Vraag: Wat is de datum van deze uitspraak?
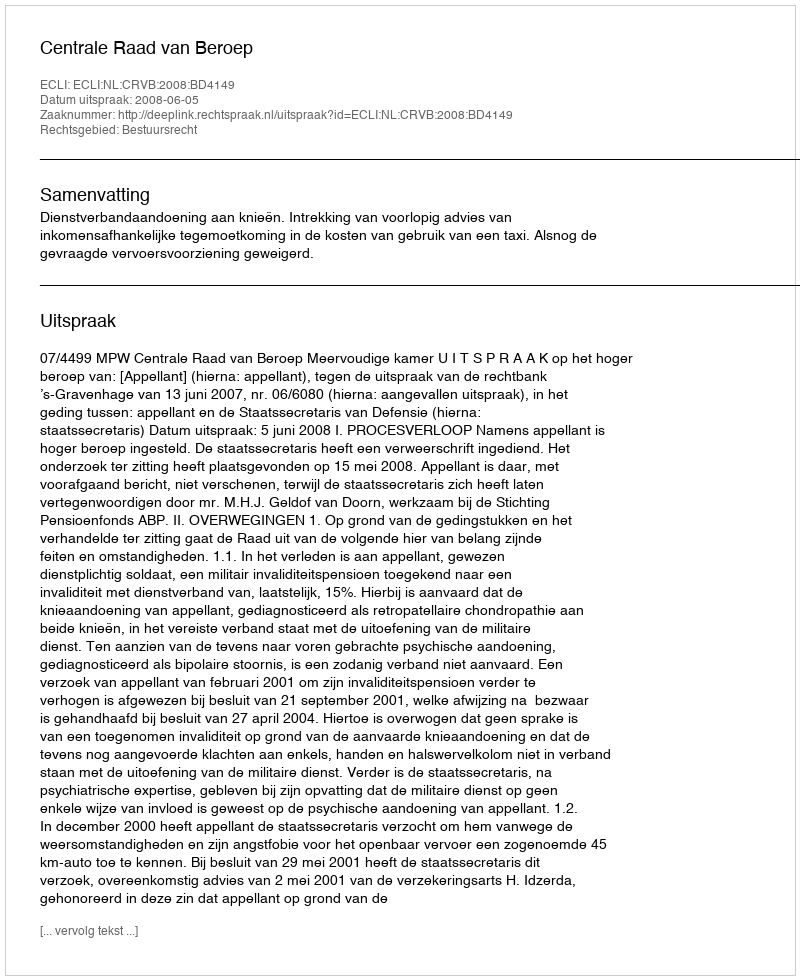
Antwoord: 2008-06-05